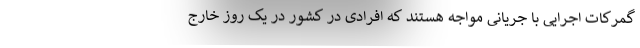
گمرکات اجرایی با جریانی مواجه هستند که افرادی در کشور در یک روز خارج